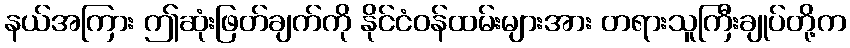
နယ်အကြား ဤဆုံးဖြတ်ချက်ကို နိုင်ငံဝန်ထမ်းများအား တရားသူကြီးချုပ်တို့က